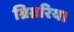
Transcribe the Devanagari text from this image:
ग्रिग्ररिया